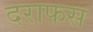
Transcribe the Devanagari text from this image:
दराफस